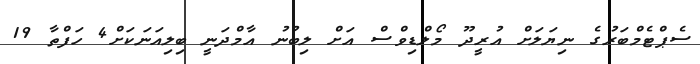
ސެޕްޓެމްބަރުގެ ނިޔަލަށް އުރީދޫ މޯލްޑިވްސް އަށް ލިބުނު އާމްދަނީ ބިލިއަނަކަށް4 ހަފްތާ 19